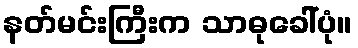
နတ်မင်းကြီးက သာဓုခေါ်ပုံ။